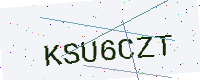
Text: KSU6CZT